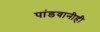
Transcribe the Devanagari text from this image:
पांडवानीही